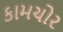
કામચોર